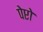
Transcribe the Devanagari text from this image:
पेप्टो